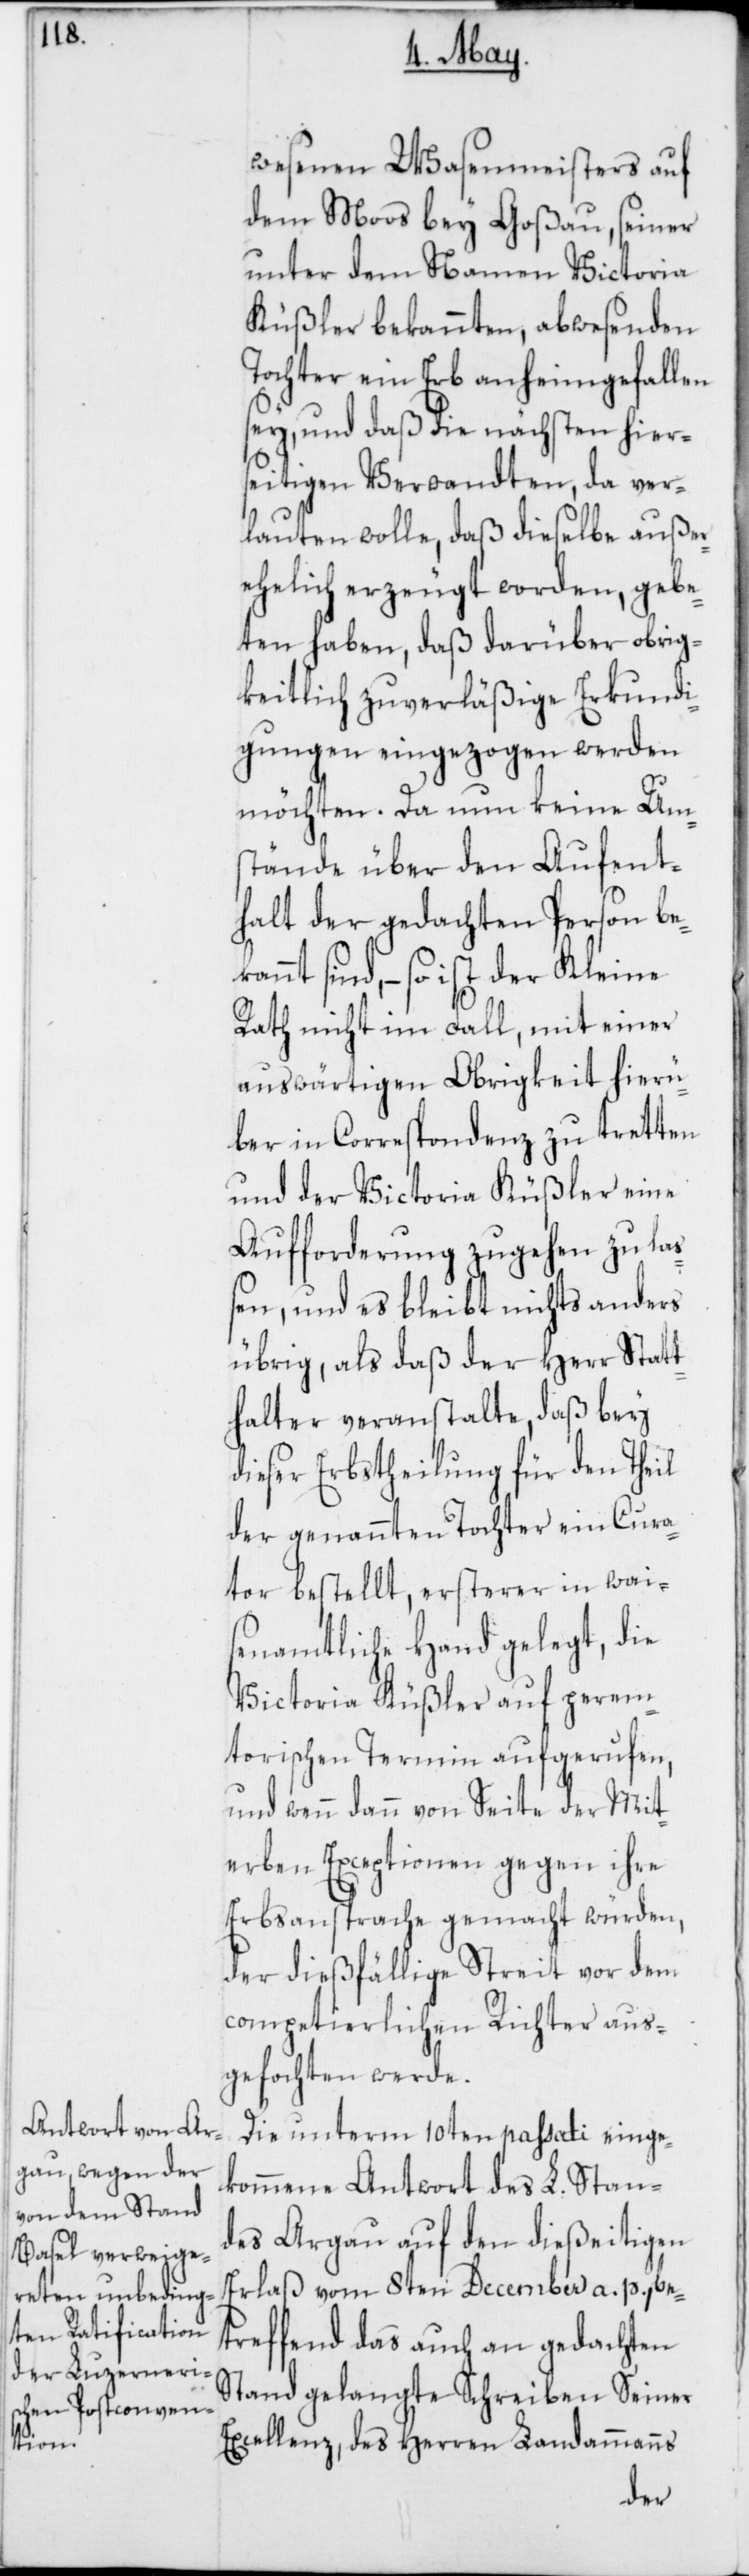
wesenen Wasenmeisters auf
dem Moos bey Goßau, seiner
unter dem Namen Victoria
Küßler bekannten, abwesenden
Tochter ein Erb anheimgefallen
sey, und daß die nächsten hier¬
seitigen Verwandten, da ver¬
lauten wolle, daß dieselbe außer¬
ehelich erzeugt worden, gebe¬
ten haben, daß darüber Obrig¬
keitlich zuverläßige Erkundi¬
gungen eingezogen werden
möchten. Da nun keine Um¬
stände über den Aufent¬
halt der gedachten Person bek¬
annt sind, – so ist der Kleine
Rath nicht im Fall, mit einer
auswärtigen Obrigkeit hierü¬
ber in Correspondenz zu tretten
und der Victoria Küßler eine
Aufforderung zugehen zu laß¬
en, und es bleibt nichts anders
übrig, als daß der Herr Statt¬
halter veranstalte, daß bey
dieser Erbstheilung für den Theil
der genannten Tochter ein Cura¬
tor bestellt, ersterer in wai¬
senamtliche Hand gelegt, die
Victoria Küßler auf perem¬
torischen Termin aufgerufen,
und wenn dann von Seite der Mit¬
erben Exeptionen gegen ihre
Erbsansprache gemacht würden,
der dießfällige Streit vor dem
competierlichen Richter aus¬
gefochten werde.
Die unterm 10ten passati einge¬
kommene Antwort des L. Stan¬
des Argau auf den dießeitigen
Erlaß vom 8ten December a. p., be¬
treffend das auch an gedachten
Stand gelangte Schreiben Seiner
Excellenz, des Herren Landammanns